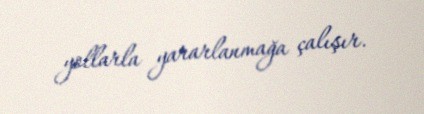
yollarla yararlanmağa çalışır.